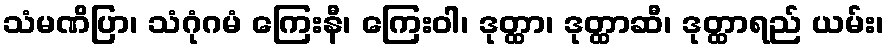
သံမဏိပြာ၊ သံဂုံဂမံ ကြေးနီ၊ ကြေးဝါ၊ ဒုတ္ထာ၊ ဒုတ္ထာဆီ၊ ဒုတ္ထာရည် ယမ်း၊